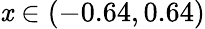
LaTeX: \mathit{x}\in(-0.64,0.64)